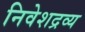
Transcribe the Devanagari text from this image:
निवेशद्रव्य